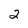
Character: 2